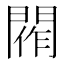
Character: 𨴰